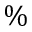
\%